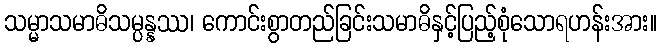
သမ္မာသမာဓိသမ္ပန္နဿ၊ ကောင်းစွာတည်ခြင်းသမာဓိနှင့်ပြည့်စုံသောရဟန်းအား။